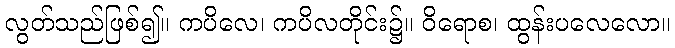
လွတ်သည်ဖြစ်၍။ ကပိလေ၊ ကပိလတိုင်း၌။ ဝိရောစ၊ ထွန်းပလေလော။